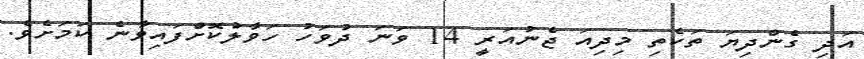
އަދި ގެންދިޔަ ތަކެތި މިދިއަ ޖެނުއަރީ 14 ވަނަ ދުވަހު ހަވާލުކޮށްފައިވާނެ ކަމަށެވެ.